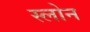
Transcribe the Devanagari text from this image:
स्‍लोन